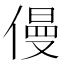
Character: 僈